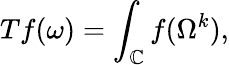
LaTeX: Tf(\omega)=\int_{\mathbb{C}}f(\Omega^{k}),